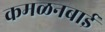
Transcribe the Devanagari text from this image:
कमळनबाई